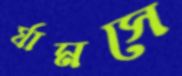
র্যামসে